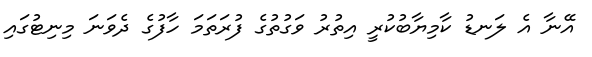
އޭނާ އެ ލަނޑު ކާމިޔާބުކުރީ އިތުރު ވަގުތުގެ ފުރަތަމަ ހާފުގެ ދެވަަނަ މިނިޓުގައި